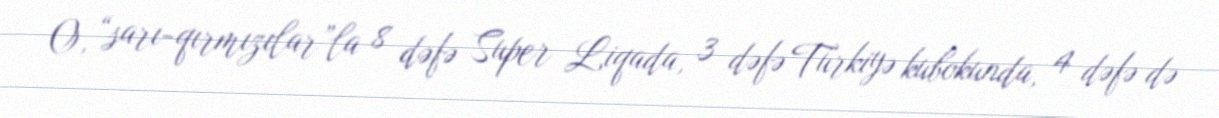
O, “sarı-qırmızılar”la 8 dəfə Super Liqada, 3 dəfə Türkiyə kubokunda, 4 dəfə də